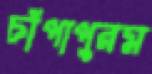
চাঁপাপুরম